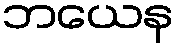
ဘယေန